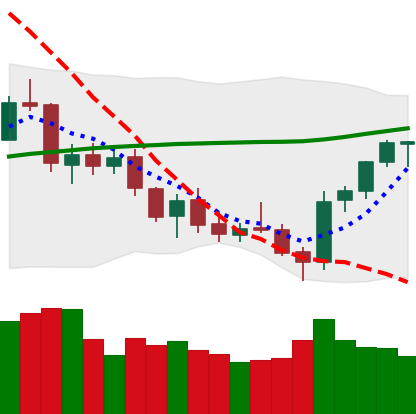
Ticker: ETH-USD
Chart end date: 2021-07-25
Forward return: 12.576%
Label: up_7plus